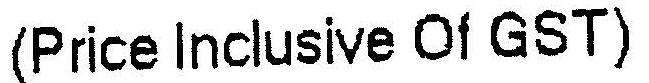
(PRICE INCLUSIVE OF GST)